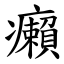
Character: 癩